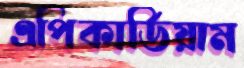
এপিকার্ডিয়াম